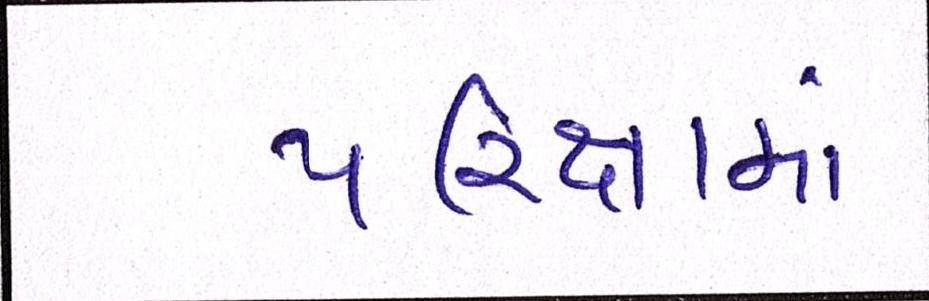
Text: પરિક્ષામાં